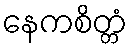
နေကစိတ္တံ